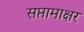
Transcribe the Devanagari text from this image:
सप्तामाक्षर